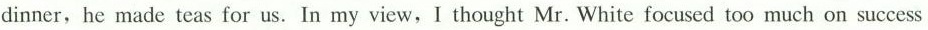
dinner, he made teas for us. In my view,I thought Mr. White focused too much on success